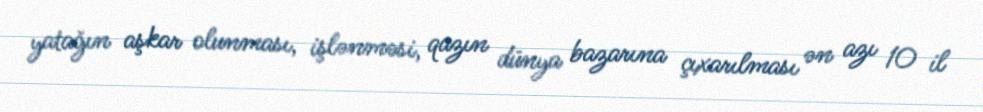
yatağın aşkar olunması, işlənməsi, qazın dünya bazarına çıxarılması ən azı 10 il